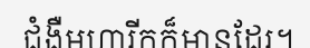
ជំងឺមហារីកក៏មានដែរ។